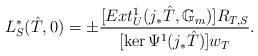
LaTeX: \begin{align*}L^{*}_S(\hat{T},0)=\pm \frac{[Ext^1_U(j_{*}\hat{T},\mathbb{G}_m)]R_{T,S}}{[\ker\Psi^1(j_{*}\hat{T})]w_T}.\end{align*}